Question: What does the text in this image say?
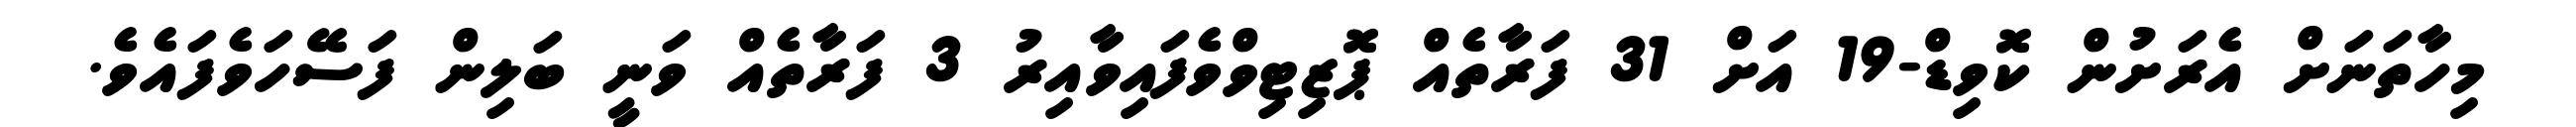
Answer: މިހާތަނަށް އެރަށުން ކޮވިޑް-19 އަށް 31 ފަރާތެއް ޕޮޒިޓިވްވެފައިވާއިރު 3 ފަރާތެއް ވަނީ ބަލިން ފަސޭހަވެފައެވެ.